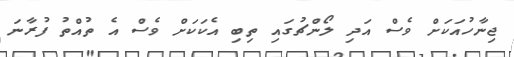
ޖިނާހުއަކަށް ވެސް އަދި ލޯންޗުގައި ތިބި އެކަކަށް ވެސް އެ ތުއްތު ފުރާނަ